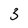
Character: 3